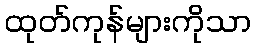
ထုတ်ကုန်များကိုသာ